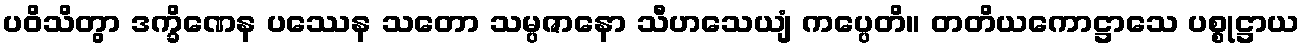
ပဝိသိတွာ ဒက္ခိဏေန ပဿေန သတော သမ္ပဇာနော သီဟသေယျံ ကပ္ပေတိ။ တတိယကောဋ္ဌာသေ ပစ္စုဋ္ဌာယ